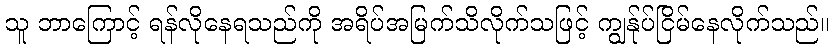
သူ ဘာကြောင့် ရန်လိုနေရသည်ကို အရိပ်အမြက်သိလိုက်သဖြင့် ကျွန်ုပ်ငြိမ်နေလိုက်သည်။